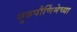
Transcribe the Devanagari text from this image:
गुरुपौर्णिमेच्या